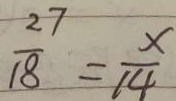
\frac { 2 7 } { 1 8 } = \frac { x } { 1 4 }